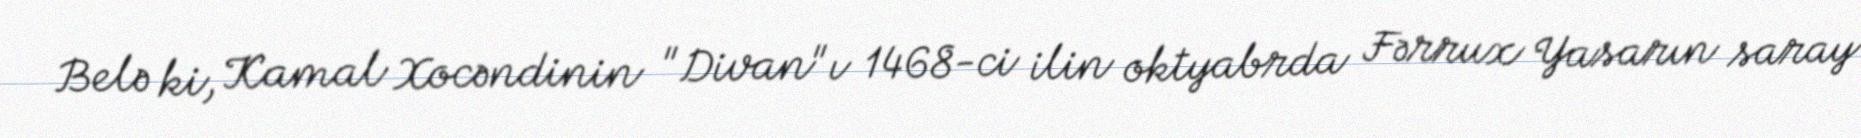
Belə ki, Kamal Xocəndinin "Divan"ı 1468-ci ilin oktyabrda Fərrux Yasarın saray